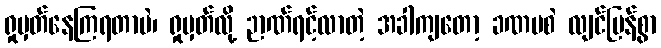
ရှုမှတ်နေကြရတာပဲ၊ ရှုမှတ်လို့ ဉာဏ်ရင့်လာတဲ့ အခါကျတော့ ခဏမစဲ လျင်မြန်စွာ